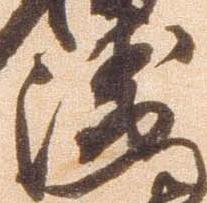
衛